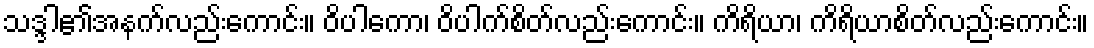
သဒ္ဒါ၏အနက်လည်းကောင်း။ ဝိပါကော၊ ဝိပါက်စိတ်လည်းကောင်း။ ကိရိယာ၊ ကိရိယာစိတ်လည်းကောင်း။